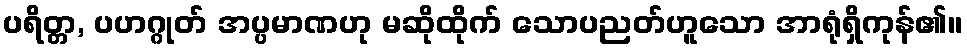
ပရိတ္တ, ပဟဂ္ဂုတ် အပ္ပမာဏဟု မဆိုထိုက် သောပညတ်ဟူသော အာရုံရှိကုန်၏။